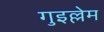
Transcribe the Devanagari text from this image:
गुइल्लेम